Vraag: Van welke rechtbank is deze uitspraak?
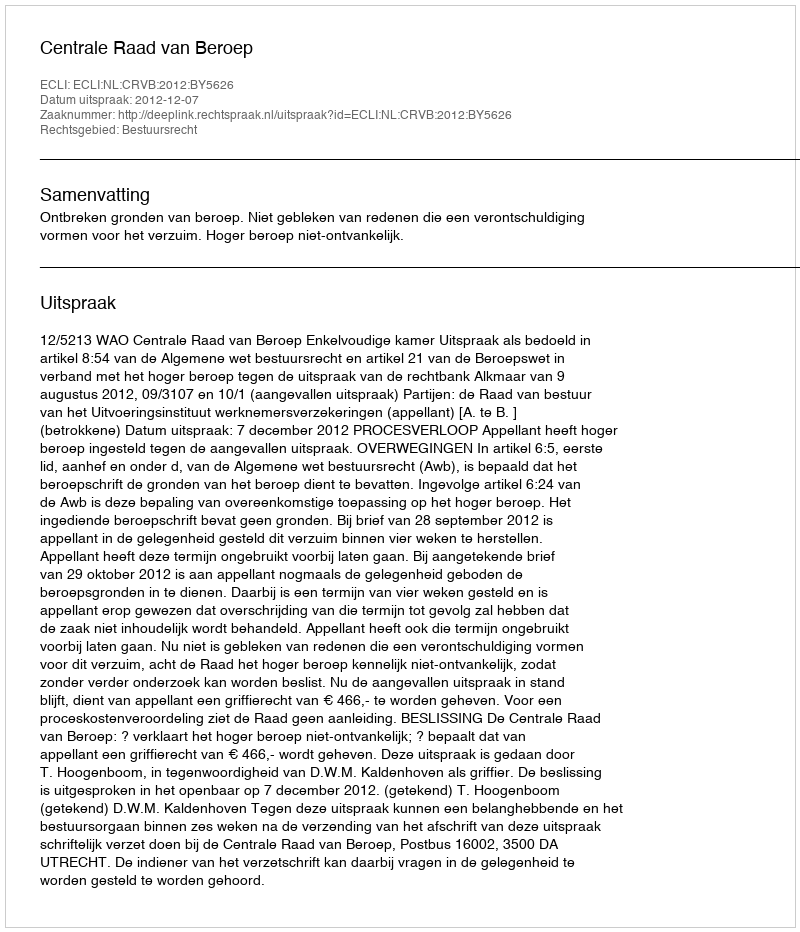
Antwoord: Centrale Raad van Beroep